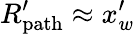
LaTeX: R_{\mathrm{{path}}}^{\prime}\approx x_{w}^{\prime}